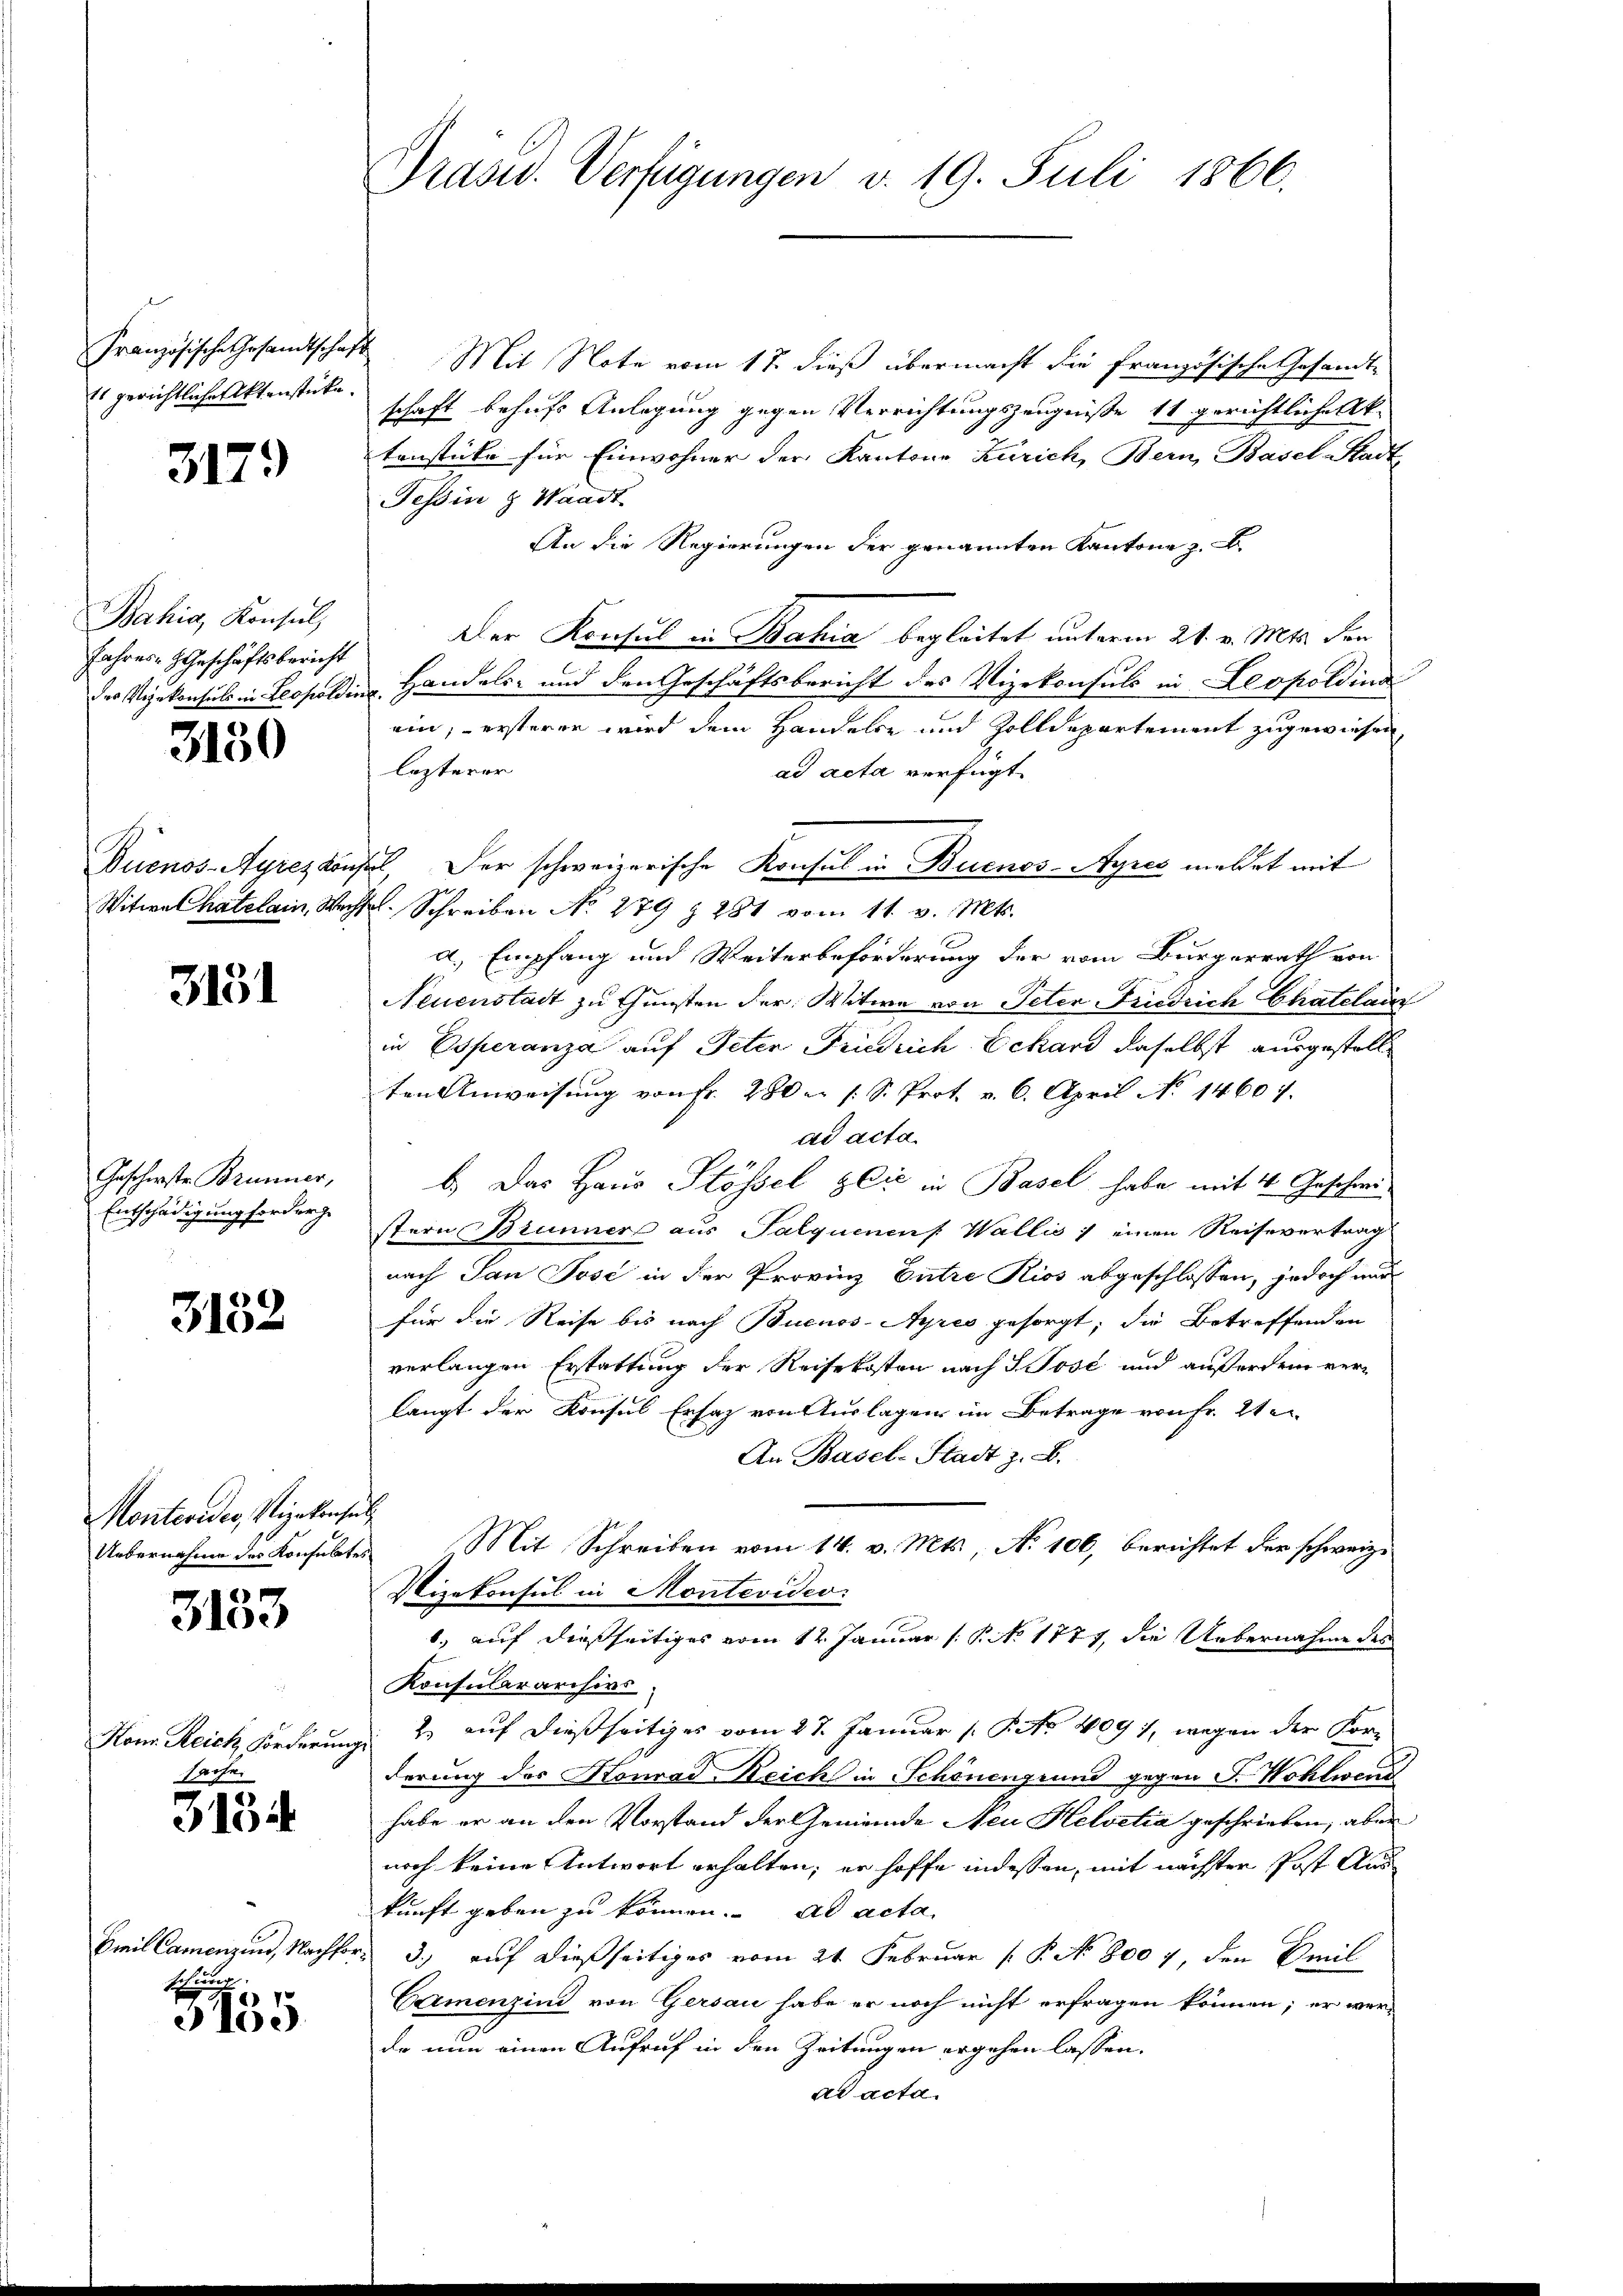
Französische Gesandtschaft
Es gerichtlicher Aktenstücke

3179

Bahia, Konsul,
Jahres Geschäftsbericht
der Vizekonsuls in Leopoldin

3150

Duenos-Ayres von
Witwe Chatelain, Weg¬

3151

Gescherste Brunner,
Entschädigung forderg

3152

Montevider, Vizekonsul
Uebernahme des Konsulates

3153

Kom. Reich Forderung
sache.

313

Emil Camenzins, Nachfo

10.)

Präsid. Verfügungen v. 19. Juli 1866.

2. Mit Note vom 17. dieß übermacht die französische Gesandte
schaft behufs Anlegung gegen Verrichtungszeugniße 11 gerichtliche Aktenstüke für Einwohner der Kantone Zürich, Bern, Basel-Stadt
Tessin & Waadt
An die Regierungen der genannten Kantone z. B.
Der Konsul in Bahia begleitet unterm 21. v. Mts. den
Handels- und den Geschäftsbericht des Vizekonsuls in Leopoldina
ein, ersterer wird dem Handelte und Zolldepartement zugewiesen,
lezterer
ad acta verfügt:
2. Der schweizerische Konsul in Buenos-Ayres meldet mit
u. Schreiben No. 279 § 281 vom 11. v. Mts.
a. Empfang und Weiterbeförderung der vom Burgerrath von
Neuenstadt zu Gunsten der Witwe von Peter Friedrich Chatelauf
in Esperanza auf Peter Friedrich Echard daselbst ausgestell
ten Anweisung von Fr. 280 er s. S. Prot. v. 6. April No 14607.
ad acta.
b.) Das Haus Stössel zeit in Basel habe mit 4 Geschweistern Brunner aus Salquenen Wallis ; einen Reisevertrag
nach San Pose in der Provinz Entre Kios abgeschlossen, jedoch nur
für die Reise bis nach Buenos-Ayres gesorgt; die Betreffenden
verlangen Erstattung der Reisekosten nach S. Jose und außerdem ver-
langt der Konsul Ersaz von Auslagen im Betrage von Fr. 2ten
An Basel-Stadt z. B.
Mit Schreiben vom 14. v. Mts., No 106, berichtet der schweiz.
Vizekonsul in Montevideo
b., auf dießseitiges vom 12. Januar (: P. No 1777, die Uebernahme des
Konsulararisivs
2. auf dießseitiges vom 27. Januar ( P. No 1091, wegen der Kor-
derung des Konrad Reich in Schönengrund gegen J. Wohlwend
habe er an den Vorstand der Gemeinde Neu Helvetia geschrieben, aber
noch keine Antwort erhalten; er hoffe indessen, mit nächster Post Auskunft geben zu können. ad acta
3.) auf dießseitiges vom 24. Februar (P. No 8007, den Emil
Carmenzind von Gersau habe er noch nicht erfragen können; er ver-
de nun einen Aufruf in den Zeitungen ergehen lassen.
ad acta.